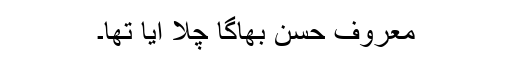
معروف حسن بھاگا چلا آیا تھا۔